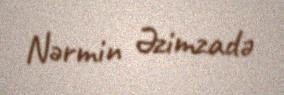
Nərmin Əzimzadə